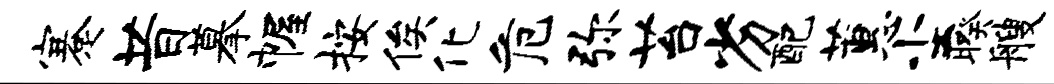
蹇昔摹幄按俟化危弥苔劣配蕙尘暌艘